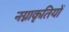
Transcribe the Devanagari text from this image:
नग्नाकृतियों